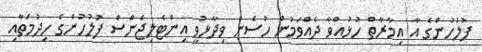
ފުލުހުންގެ އާ އިމާރާތް ހުޅުއްވާ ދެއްވަމުން ހުސެން ވިދާޅުވީ އިންޓެލިޖެންސް ފުލުހުންގެ ހިދުމަތާއި